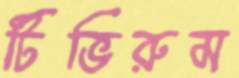
টিভিরুম